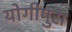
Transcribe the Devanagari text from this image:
योगीपुरा